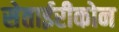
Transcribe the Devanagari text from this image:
सेताईरीकोन